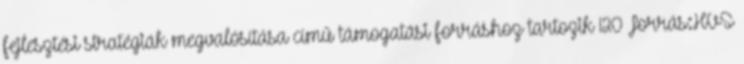
fejlesztési stratégiák megvalósítása című támogatási forráshoz tartozik 120 Forrás:HVS